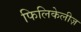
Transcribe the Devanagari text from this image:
फिलिकेलीज़